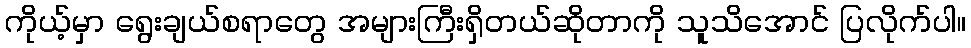
ကိုယ့်မှာ ရွေးချယ်စရာတွေ အများကြီးရှိတယ်ဆိုတာကို သူသိအောင် ပြလိုက်ပါ။